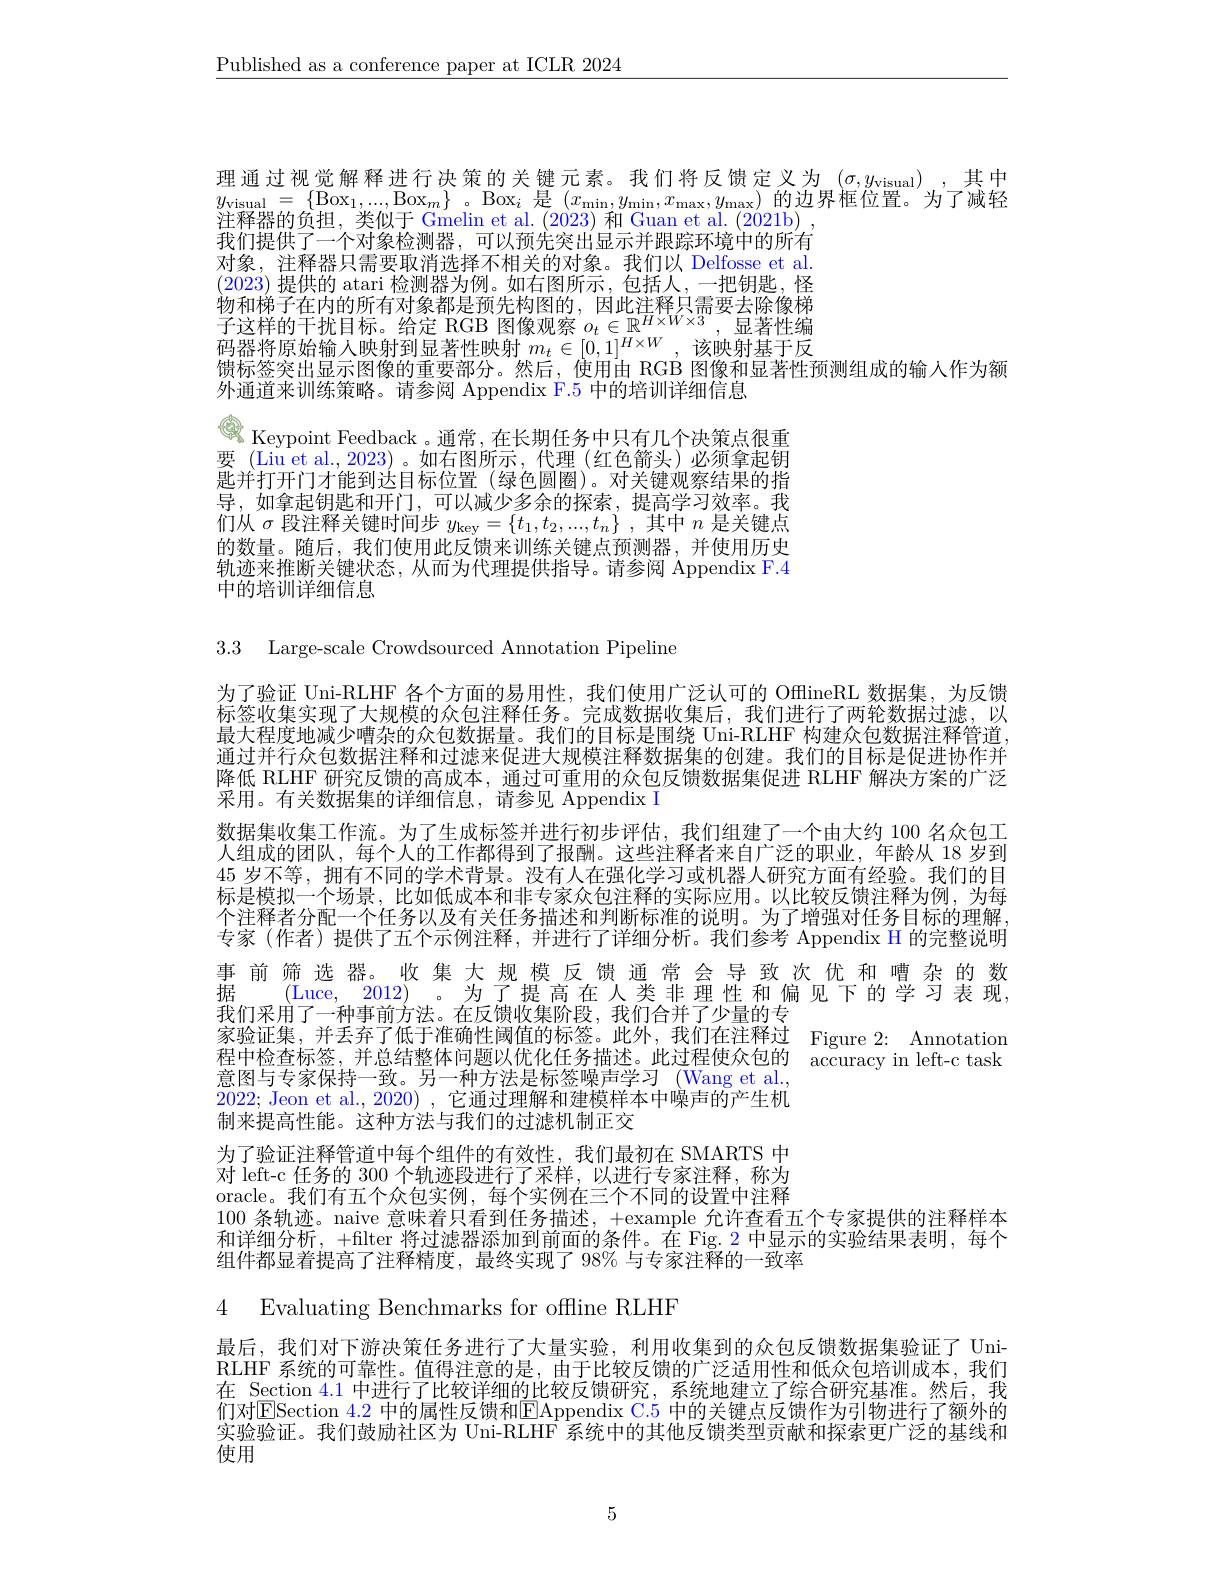
$\underline{\text{Published as a conference paper at ICLR 2024}}$

理通过视觉解释进行决策的关键元素。我们将反馈定义为$(\sigma,y_\mathrm{visual})$,其中$y_{\mathrm{visual}}=\{\mathrm{Box}_{1},...,\mathrm{Box}_{m}\}$。$\mathrm{Box}_i$是$(x_\min,y_{\min},x_{\max},y_{\max})$的边界框位置。为了减轻注释器的负担，类似于 Gmelin et al. (2023) 和 Guan et al. (2021b) , 我们提供了一个对象检测器，可以预先突出显示并跟踪环境中的所有对象，注释器只需要取消选择不相关的对象。我们以 Delfosse et al (2023)提供的 atari 检测器为例。如右图所示，包括人，一把钥匙，怪物和梯子在内的所有对象都是预先构图的，因此注释只需要去除像梯子这样的干扰目标。给定 RGB 图像观察 $o_t\in\mathbb{R}^{H\times W\times3}$,显著性编区 件 时 「 几 日 你 。红 足 IUD 图 像 观 奈 $o_t\in \mathbb{N}$ 码 器 将 原 始 输 入 映 射 到 显 著 性 映 射 $m_t\in [ 0, 1] ^{H\times W}$, 该 映 射 基 于 反 曲 坛 资 容 山 目 三 团 偏 的 垂 画 初 八 处 后 一 体 用 中 DCP $\overline {\text{风 伤 和 日 革 件 不 }}$ 馈标签突出显示图像的重要部分。然后，使用由 RGB 图像和显著性预测组成的输人作为额
外通道来训练策略。请参阅 Appendix F.5 中的培训详细信息
Keypoint Feedback 。通 常 , 在 长 期 任 务 中 只 有 几 个 决 策 点 很 重 要 ( Liu et al. , 2023) 。如 右 图 所 示 , 代 理 ( 红 色 箭 头 ) 必 须 拿 起 钥匙并打开门才能到达目标位置(绿色圆圈)。对关键观察结果的指导，如拿起钥匙和开门，可以减少多余的探索，提高学习效率。我们从$\sigma$段注释关键时间步$y_\mathrm{key}=\{t_1,t_2,...,t_n\}$ ,其中$n$是关键点的数量。随后，我们使用此反馈来训练关键点预测器，并使用历史轨迹来推断关键状态，从而为代理提供指导。请参阅 Appendix F.4中的培训详细信息

3.3 Large-scale Crowdsourced Annotation Pipeline

为了验证 Uni-RLHF 各个方面的易用性，我们使用广泛认可的 OfflineRL 数据集，为反馈标签收集实现了大规模的众包注释任务。完成数据收集后，我们进行了两轮数据过滤，以最大程度地减少嘈杂的众包数据量。我们的目标是围绕 Uni-RLHF 构建众包数据注释管道. 通过并行众包数据注释和过滤来促进大规模注释数据集的创建。我们的目标是促进协作并降低 RLHF 研究反馈的高成本，通过可重用的众包反馈数据集促进 RLHF 解决方案的广泛采用。有关数据集的详细信息，请参见 Appendix I
数据集收集工作流。为了生成标签并进行初步评估，我们组建了一个由大约 100 名众包工人组成的团队，每个人的工作都得到了报酬。这些注释者来自广泛的职业，年龄从 18 岁到45 岁不等，拥有不同的学术背景。没有人在强化学习或机器人研究方面有经验。我们的目标是模拟一个场景，比如低成本和非专家众包注释的实际应用。以比较反馈注释为例，为每个注释者分配一个任务以及有关任务描述和判断标准的说明。为了增强对任务目标的理解， 专家 (作者) 提供了五个示例注释，并进行了详细分析。我们参考 Appendix H 的完整说明事前筛选器。收集大规模反馈通常会导致次优和嘈杂的数据
(Luce,2012)。为了提高在人类非理性和偏见下的学习表现，
我们采用了一种事前方法。在反馈收集阶段，我们合并了少量的专
家验证集，并丢弃了低于准确性阈值的标签。此外，我们在注释过 Figure 2: Annotation 程中检查标签，并总结整体问题以优化任务描述。此过程使众包的 accuracy in left-c task 意图与专家保持一致。另一种方法是标签噪声学习 (Wang et al. 2022; Jeon et al., 2020) , 它通过理解和建模样本中噪声的产生机制来提高性能。这种方法与我们的过滤机制正交
为了验证注释管道中每个组件的有效性，我们最初在 SMARTS 中对 left-c 任务的 300 个轨迹段进行了采样，以进行专家注释，称为oracle。我们有五个众包实例，每个实例在三个不同的设置中注释100 条轨迹。naive 意味着只看到任务描述，+example 允许查看五个专家提供的注释样本和详细分析，+filter 将过滤器添加到前面的条件。在 Fig. 2 中显示的实验结果表明，每个组件都显着提高了注释精度，最终实现了 98% 与专家注释的一致率

4 Evaluating Benchmarks for offline RLHF

最后，我们对下游决策任务进行了大量实验，利用收集到的众包反馈数据集验证了 UniRLHF 系统的可靠性。值得注意的是，由于比较反馈的广泛适用性和低众包培训成本，我们在 Section 4.1 中进行了比较详细的比较反馈研究，系统地建立了综合研究基准。然后，我们对ESection $\color{red}{4.2}$ 中的属性反馈和EAppendix C.5 中的关键点反馈作为引物进行了额外的实验验证。我们鼓励社区为 Uni-RLHF 系统中的其他反馈类型贡献和探索更广泛的基线和$\vec{\text{使用}}$

5